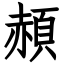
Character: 頳